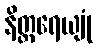
နိတ္ထရေယျုံ